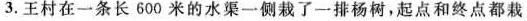
3.王村在一条长600米的水渠一侧栽了一排杨树，起点和终点都栽